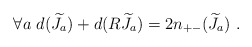
\begin{align*} \forall a~d({\widetilde J}_a)+d(R{\widetilde J}_a)=2n_{+-}({\widetilde J}_a)~.\end{align*}